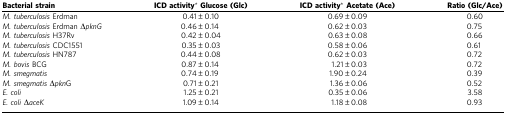
<table><thead><tr><td><b>Bacterial strain</b></td><td><b>ICD activity*Glucose (Glc)</b></td><td><b>ICD activity*Acetate (Ace)</b></td><td><b>Ratio (Glc/Ace)</b></td></tr></thead><tbody><tr><td><i>M. tuberculosis</i> Erdman</td><td>0.41±0.10</td><td>0.69±0.09</td><td>0.60</td></tr><tr><td><i>M. tuberculosis</i> Erdman Δ<i>pknG</i></td><td>0.46±0.14</td><td>0.62±0.03</td><td>0.75</td></tr><tr><td><i>M. tuberculosis</i> H37Rv</td><td>0.42±0.04</td><td>0.63±0.08</td><td>0.66</td></tr><tr><td><i>M. tuberculosis</i> CDC1551</td><td>0.35±0.03</td><td>0.58±0.06</td><td>0.61</td></tr><tr><td><i>M. tuberculosis</i> HN787</td><td>0.44±0.08</td><td>0.62±0.03</td><td>0.72</td></tr><tr><td><i>M. bovis</i> BCG</td><td>0.87±0.14</td><td>1.21±0.03</td><td>0.72</td></tr><tr><td><i>M. smegmatis</i></td><td>0.74±0.19</td><td>1.90±0.24</td><td>0.39</td></tr><tr><td><i>M. smegmatis</i> Δ<i>pkn</i>G</td><td>0.71±0.21</td><td>1.36±0.06</td><td>0.52</td></tr><tr><td><i>E. coli</i></td><td>1.25±0.21</td><td>0.35±0.06</td><td>3.58</td></tr><tr><td><i>E. coli</i> Δ<i>aceK</i></td><td>1.09±0.14</td><td>1.18±0.08</td><td>0.93</td></tr></tbody></table>